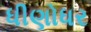
ધીણોધર